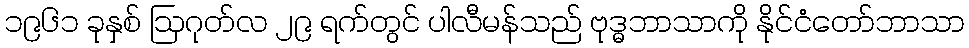
၁၉၆၁ ခုနှစ် ဩဂုတ်လ ၂၉ ရက်တွင် ပါလီမန်သည် ဗုဒ္ဓဘာသာကို နိုင်ငံတော်ဘာသာ